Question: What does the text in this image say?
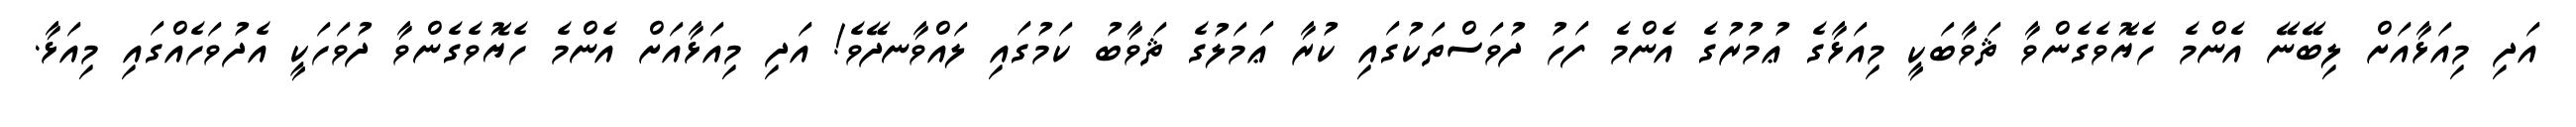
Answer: އަދި މިއަޅާއަށް ލިބޭނޭ އެންމެ ހެޔޮވެގެންވާ ޘަވާބަކީ މިއަޅާގެ ޢުމުރުގެ އެންމެ ފަހު ދުވަސްތަކުގައި ކުރާ ޢަމަލުގެ ޘަވާބު ކަމުގައި ލައްވާނދޭވެ! އަދި މިއަޅާއަށް އެންމެ ހެޔޮވެގެންވާ ދުވަހަކީ އެދުވަހެއްގައި މިއަޅާ.